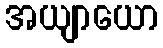
အယျာယော